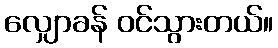
လျှောခန် ဝင်သွားတယ်။